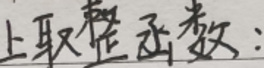
上取整函数：